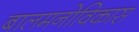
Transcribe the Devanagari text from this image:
बालमनोविकास